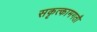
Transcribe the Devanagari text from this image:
सकृत्कामगतौ